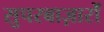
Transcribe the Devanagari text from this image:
सुपरबाज़ारों